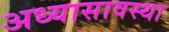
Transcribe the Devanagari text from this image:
अध्यासावस्था